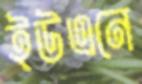
ইউএনে